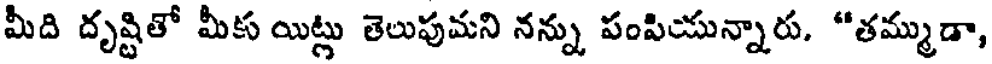
మీది దృష్టితో మీకు యిట్లు తెలుపుమని నన్ను పంపియున్నారు. "తమ్ముడా,